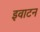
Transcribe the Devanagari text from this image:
इवाटन